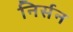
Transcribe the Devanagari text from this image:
निर्सन